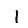
Digit: 1